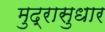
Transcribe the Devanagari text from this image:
मुद्रासुधार